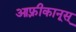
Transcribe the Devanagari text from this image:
आफ़्रीकानूस्